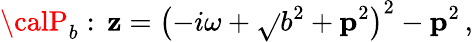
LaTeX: {\calP}_{b}:\, \mathbf{z}=\left(-i\omega+\sqrt{}{{b^{2}+{\mathbf{p}}^{2}}}\right)^{2}-{\mathbf{p}}^{2}\, ,